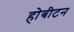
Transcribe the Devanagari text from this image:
होबीटन